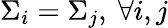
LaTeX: \Sigma_{i}=\Sigma_{j},\ \forall i,j